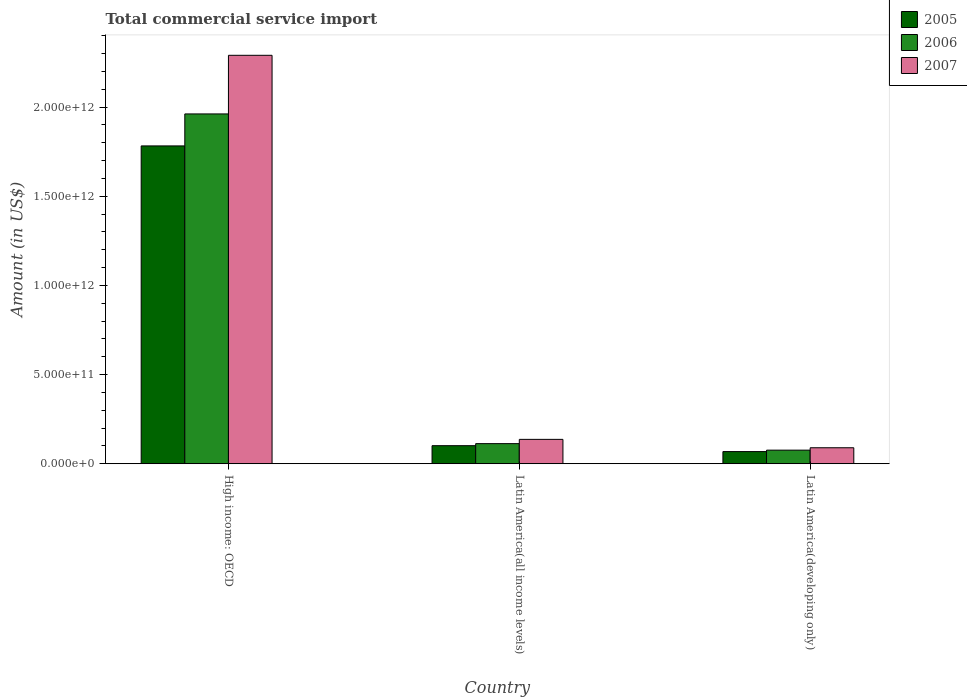
| Country | 2005 | 2006 | 2007 |
 | --- | --- | --- | --- |
 | High income: OECD | 1.78e+12 | 1.96e+12 | 2.29e+12 |
 | Latin America(all income levels) | 1.01e+11 | 1.13e+11 | 1.37e+11 |
 | Latin America(developing only) | 6.81e+10 | 7.62e+10 | 8.96e+10 |